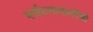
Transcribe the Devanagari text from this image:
पर्यटनासाठीची